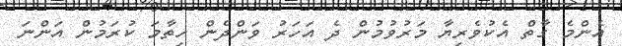
އެންމެ ގާތް އެކުވެރިޔާ މަރުވުމުން ދެ އަހަރު ވަންދެން ހިތާމަ ކުރަމުން އަންނަ